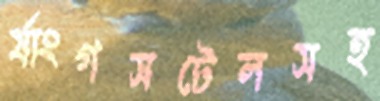
র‍্যাংগসটেলসহ